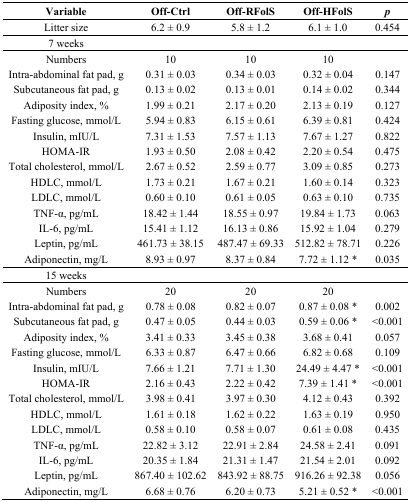
<table><thead><tr><td><b>Variable</b></td><td><b>Off-Ctrl</b></td><td><b>Off-RFolS</b></td><td><b>Off-HFolS</b></td><td><b><i>p</i></b></td></tr></thead><tbody><tr><td>Litter size</td><td>6.2 ± 0.9</td><td>5.8 ± 1.2</td><td>6.1 ± 1.0</td><td>0.454</td></tr><tr><td>7 weeks</td><td></td><td></td><td></td><td></td></tr><tr><td>Numbers</td><td>10</td><td>10</td><td>10</td><td></td></tr><tr><td>Intra-abdominal fat pad, g</td><td>0.31 ± 0.03</td><td>0.34 ± 0.03</td><td>0.32 ± 0.04</td><td>0.147</td></tr><tr><td>Subcutaneous fat pad, g</td><td>0.13 ± 0.02</td><td>0.13 ± 0.01</td><td>0.14 ± 0.02</td><td>0.344</td></tr><tr><td>Adiposity index, %</td><td>1.99 ± 0.21</td><td>2.17 ± 0.20</td><td>2.13 ± 0.19</td><td>0.127</td></tr><tr><td>Fasting glucose, mmol/L</td><td>5.94 ± 0.83</td><td>6.15 ± 0.61</td><td>6.39 ± 0.81</td><td>0.424</td></tr><tr><td>Insulin, mIU/L</td><td>7.31 ± 1.53</td><td>7.57 ± 1.13</td><td>7.67 ± 1.27</td><td>0.822</td></tr><tr><td>HOMA-IR</td><td>1.93 ± 0.50</td><td>2.08 ± 0.42</td><td>2.20 ± 0.54</td><td>0.475</td></tr><tr><td>Total cholesterol, mmol/L</td><td>2.67 ± 0.52</td><td>2.59 ± 0.77</td><td>3.09 ± 0.85</td><td>0.273</td></tr><tr><td>HDLC, mmol/L</td><td>1.73 ± 0.21</td><td>1.67 ± 0.21</td><td>1.60 ± 0.14</td><td>0.323</td></tr><tr><td>LDLC, mmol/L</td><td>0.60 ± 0.10</td><td>0.61 ± 0.05</td><td>0.63 ± 0.10</td><td>0.735</td></tr><tr><td>TNF-α, pg/mL</td><td>18.42 ± 1.44</td><td>18.55 ± 0.97</td><td>19.84 ± 1.73</td><td>0.063</td></tr><tr><td>IL-6, pg/mL</td><td>15.41 ± 1.12</td><td>16.13 ± 0.86</td><td>15.92 ± 1.04</td><td>0.279</td></tr><tr><td>Leptin, pg/mL</td><td>461.73 ± 38.15</td><td>487.47 ± 69.33</td><td>512.82 ± 78.71</td><td>0.226</td></tr><tr><td>Adiponectin, mg/L</td><td>8.93 ± 0.97</td><td>8.37 ± 0.84</td><td>7.72 ± 1.12 *</td><td>0.035</td></tr><tr><td>15 weeks</td><td></td><td></td><td></td><td></td></tr><tr><td>Numbers</td><td>20</td><td>20</td><td>20</td><td></td></tr><tr><td>Intra-abdominal fat pad, g</td><td>0.78 ± 0.08</td><td>0.82 ± 0.07</td><td>0.87 ± 0.08 *</td><td>0.002</td></tr><tr><td>Subcutaneous fat pad, g</td><td>0.47 ± 0.05</td><td>0.44 ± 0.03</td><td>0.59 ± 0.06 *</td><td>&lt;0.001</td></tr><tr><td>Adiposity index, %</td><td>3.41 ± 0.33</td><td>3.45 ± 0.38</td><td>3.68 ± 0.41</td><td>0.057</td></tr><tr><td>Fasting glucose, mmol/L</td><td>6.33 ± 0.87</td><td>6.47 ± 0.66</td><td>6.82 ± 0.68</td><td>0.109</td></tr><tr><td>Insulin, mIU/L</td><td>7.66 ± 1.21</td><td>7.71 ± 1.30</td><td>24.49 ± 4.47 *</td><td>&lt;0.001</td></tr><tr><td>HOMA-IR</td><td>2.16 ± 0.43</td><td>2.22 ± 0.42</td><td>7.39 ± 1.41 *</td><td>&lt;0.001</td></tr><tr><td>Total cholesterol, mmol/L</td><td>3.98 ± 0.41</td><td>3.97 ± 0.30</td><td>4.12 ± 0.43</td><td>0.392</td></tr><tr><td>HDLC, mmol/L</td><td>1.61 ± 0.18</td><td>1.62 ± 0.22</td><td>1.63 ± 0.19</td><td>0.950</td></tr><tr><td>LDLC, mmol/L</td><td>0.58 ± 0.10</td><td>0.58 ± 0.07</td><td>0.61 ± 0.08</td><td>0.435</td></tr><tr><td>TNF-α, pg/mL</td><td>22.82 ± 3.12</td><td>22.91 ± 2.84</td><td>24.58 ± 2.41</td><td>0.091</td></tr><tr><td>IL-6, pg/mL</td><td>20.35 ± 1.84</td><td>21.31 ± 1.47</td><td>21.54 ± 2.01</td><td>0.092</td></tr><tr><td>Leptin, pg/mL</td><td>867.40 ± 102.62</td><td>843.92 ± 88.75</td><td>916.26 ± 92.38</td><td>0.056</td></tr><tr><td>Adiponectin, mg/L</td><td>6.68 ± 0.76</td><td>6.20 ± 0.73</td><td>5.21 ± 0.52 *</td><td>&lt;0.001</td></tr></tbody></table>